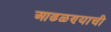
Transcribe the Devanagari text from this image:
आढळण्याची